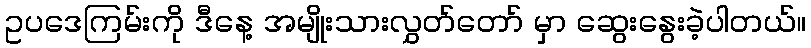
ဥပဒေကြမ်းကို ဒီနေ့ အမျိုးသားလွှတ်တော် မှာ ဆွေးနွေးခဲ့ပါတယ်။